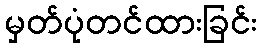
မှတ်ပုံတင်ထားခြင်း